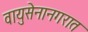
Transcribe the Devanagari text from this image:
वायुसेनानगरात